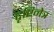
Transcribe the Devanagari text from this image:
दृष्टिनेत्र